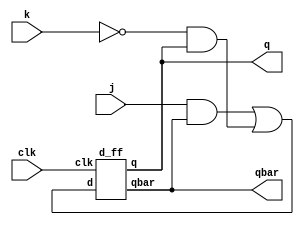
`timescale 1ns / 1ps

module JK_USING_D(
input j,k,clk,
output q,qbar
    );
   wire w1,w2,w3;
  assign w1 = j&qbar;
  assign w2 = (~k&q);
  assign w3 =(w1 | w2);
  
   d_ff dut(w3,clk,q,qbar); 
     
endmodule


module d_ff(
input d,clk,
output reg q,qbar);

always@(posedge clk)
begin
q=1'b0;qbar=1'b1;

if(clk==1)
begin
if(d==0)
begin
q=1'b0;qbar=1'b1;
end
if(d==1)
begin
q=1'b1;qbar=1'b0;
end
end

if(clk==0)
begin
q=q; qbar=qbar;
end
end
endmodule